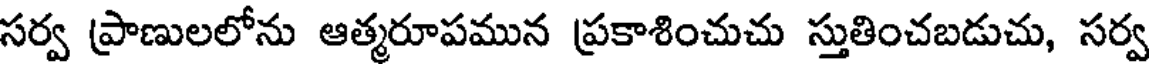
సర్వ ప్రాణులలోను ఆత్మరూపమున ప్రకాశించుచు స్తుతించబడుచు, సర్వ